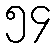
၅၄